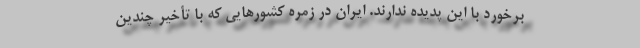
برخورد با این پدیده ندارند. ایران در زمره کشورهایی که با تأخیر چندین